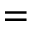
=